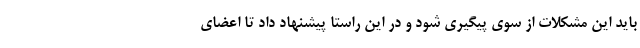
باید این مشکلات از سوی پیگیری شود و در این راستا پیشنهاد داد تا اعضای